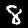
Label: 8